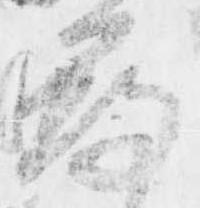
尋